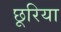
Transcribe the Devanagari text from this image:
छूरिया